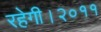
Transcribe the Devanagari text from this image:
रहेगी।२०११